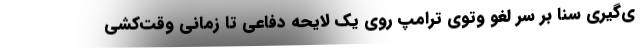
ی‌گیری سنا بر سر لغو وتوی ترامپ روی یک لایحه دفاعی تا زمانی وقت‌کشی